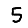
Digit: 5